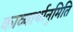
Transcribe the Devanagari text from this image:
काव्यार्थानुमिति